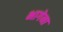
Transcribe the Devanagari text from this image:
भागेना